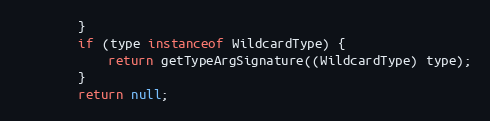
Language: Java
		}
		if (type instanceof WildcardType) {
			return getTypeArgSignature((WildcardType) type);
		}
		return null;